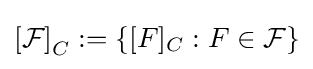
\left[{\mathcal {F}}\right]_{C}:=\left\{[F]_{C}:F\in {\mathcal {F}}\right\}